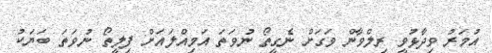
އުމަރު ވިދާޅުވީ ރިލްވާން ވަގަށް ނެގީތޯ ނުވަތަ އަމިއްލައަށް ފިލީތޯ ނުވަތަ ބަޔަކު